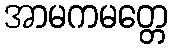
အာမကမတ္တေ